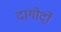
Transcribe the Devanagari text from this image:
दागोर्दो